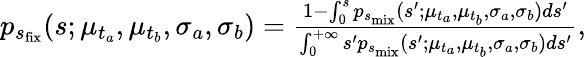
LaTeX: \begin{array}{r}{p_{s_{\mathrm{fix}}}(s;\mu_{t_{a}},\mu_{t_{b}},\sigma_{a},\sigma_{b})=\frac{1-\int_{0}^{s}p_{s_{\mathrm{mix}}}(s^{\prime};\mu_{t_{a}},\mu_{t_{b}},\sigma_{a},\sigma_{b})ds^{\prime}}{\int_{0}^{+\infty}s^{\prime}p_{s_{\mathrm{mix}}}(s^{\prime};\mu_{t_{a}},\mu_{t_{b}},\sigma_{a},\sigma_{b})ds^{\prime}},}\end{array}